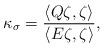
LaTeX: \begin{align*}\kappa_\sigma=\frac{\langle Q\zeta,\zeta\rangle}{\langle E\zeta,\zeta\rangle},\end{align*}